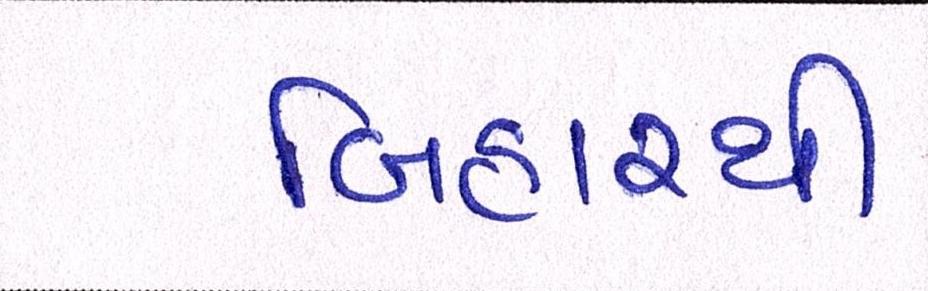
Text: બિહારથી